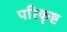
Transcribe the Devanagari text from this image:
परिकृष्ट